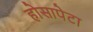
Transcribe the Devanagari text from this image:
होसापेटा